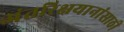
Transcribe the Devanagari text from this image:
अंतरिक्षयानांसाठी